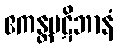
ဧကန္တပဋိဘာနံ